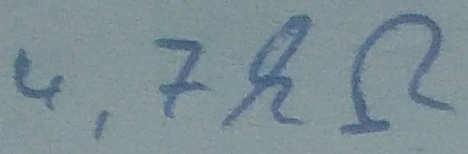
Text: 4,7kΩ